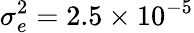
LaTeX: \sigma_{e}^{2}=2.5\times 10^{-5}